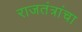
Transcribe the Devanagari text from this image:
राजतंत्रांचा